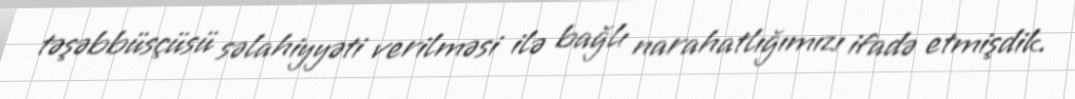
təşəbbüsçüsü səlahiyyəti verilməsi ilə bağlı narahatlığımızı ifadə etmişdik.